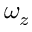
\omega _ { z }